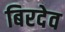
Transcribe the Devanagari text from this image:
बिरदेव